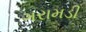
ગરામડી